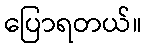
ပြောရတယ်။